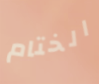
الختام